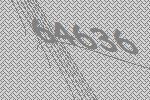
64636